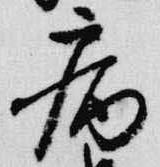
病